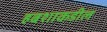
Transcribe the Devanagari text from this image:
हबशाकडील